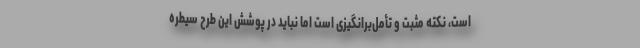
است، نكته مثبت و تأمل‌برانگیزی است اما نباید در پوشش این طرح سیطره